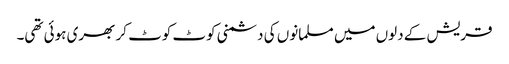
قریش کے دلوں میں مسلمانوں کی دشمنی کوٹ کوٹ کر بھری ہوئی تھی۔